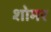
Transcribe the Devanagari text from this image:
शोमर